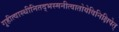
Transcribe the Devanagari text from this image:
गृहीत्वास्थीनितद्भस्मनीत्वातोयेविनिक्षिपेत्